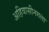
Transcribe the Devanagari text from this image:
अहिवासीनगला